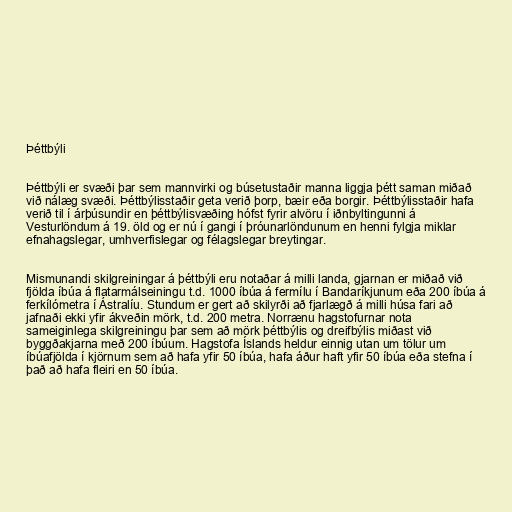
Þéttbýli

Þéttbýli er svæði þar sem mannvirki og búsetustaðir manna liggja þétt saman miðað
við nálæg svæði. Þéttbýlisstaðir geta verið þorp, bæir eða borgir. Þéttbýlisstaðir hafa
verið til í árþúsundir en þéttbýlisvæðing hófst fyrir alvöru í iðnbyltingunni á
Vesturlöndum á 19. öld og er nú í gangi í þróunarlöndunum en henni fylgja miklar
efnahagslegar, umhverfislegar og félagslegar breytingar.

Mismunandi skilgreiningar á þéttbýli eru notaðar á milli landa, gjarnan er miðað við
fjölda íbúa á flatarmálseiningu t.d. 1000 íbúa á fermílu í Bandaríkjunum eða 200 íbúa á
ferkílómetra í Ástralíu. Stundum er gert að skilyrði að fjarlægð á milli húsa fari að
jafnaði ekki yfir ákveðin mörk, t.d. 200 metra. Norrænu hagstofurnar nota
sameiginlega skilgreiningu þar sem að mörk þéttbýlis og dreifbýlis miðast við
byggðakjarna með 200 íbúum. Hagstofa Íslands heldur einnig utan um tölur um
íbúafjölda í kjörnum sem að hafa yfir 50 íbúa, hafa áður haft yfir 50 íbúa eða stefna í
það að hafa fleiri en 50 íbúa.